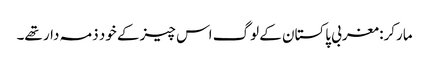
مارکر: مغربی پاکستان کے لوگ اس چیز کے خود ذمہ دار تھے۔